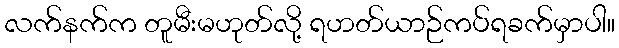
လက်နက်က တူမီးမဟုတ်လို့ ရဟတ်ယာဉ်ကပ်ရခက်မှာပါ။